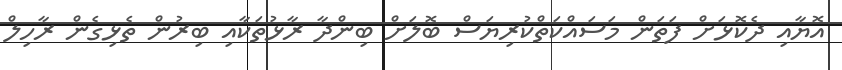
އޮޔާއި ދެކޮޅަށް ފަތަން މަސައްކަތްކުރިޔަސް ބޮލަށް ބިންދާ ރާޅުތަކާއި ބިރުން ތެޅިގެން ރާހިލް